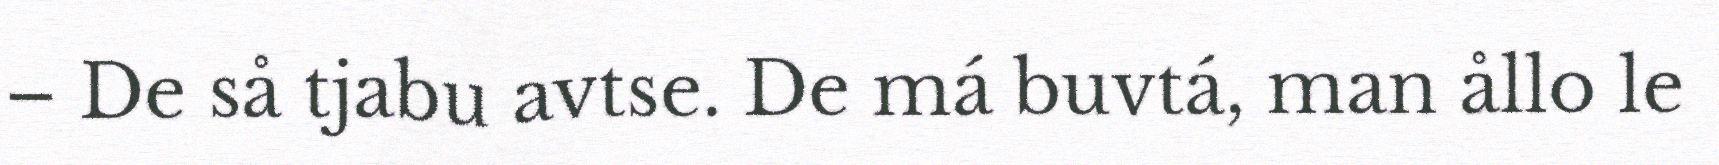
– De så tjabu avtse. De má buvtá, man ållo le